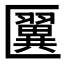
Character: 𠥦